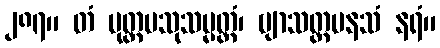
၂၈၇။ တံ ပုတ္တပသုသမ္မတ္တံ၊ ဗျာသတ္တမနသံ နရံ။